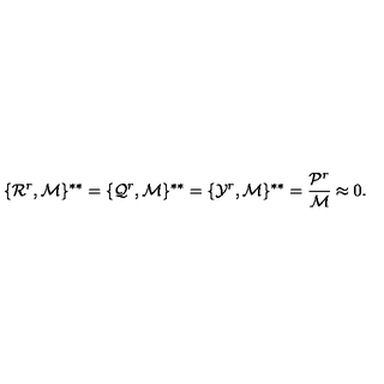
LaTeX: \{ { \cal R } ^ { r } , { \cal M } \} ^ { * * } = \{ { \cal Q } ^ { r } , { \cal M } \} ^ { * * } = \{ { \cal Y } ^ { r } , { \cal M } \} ^ { * * } = \frac { { \cal P } ^ { r } } { { \cal M } } \approx 0 .